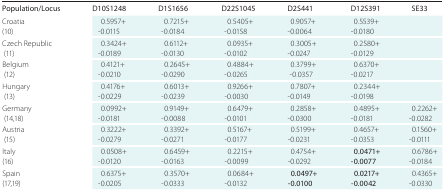
<table><thead><tr><td><b>Population/Locus</b></td><td><b>D10S1248</b></td><td><b>D1S1656</b></td><td><b>D22S1045</b></td><td><b>D2S441</b></td><td><b>D12S391</b></td><td><b>SE33</b></td></tr></thead><tbody><tr><td>Croatia (10)</td><td>0.5957+ -0.0115</td><td>0.7215+ -0.0184</td><td>0.5405+ -0.0158</td><td>0.9057+ -0.0064</td><td>0.5539+ -0.0180</td><td></td></tr><tr><td>Czech Republic  (11)</td><td>0.3424+ -0.0189</td><td>0.6112+ -0.0130</td><td>0.0935+ -0.0102</td><td>0.3005+ -0.0247</td><td>0.2580+ -0.0129</td><td></td></tr><tr><td>Belgium  (12)</td><td>0.4121+ -0.0210</td><td>0.2645+ -0.0290</td><td>0.4884+ -0.0265</td><td>0.3799+ -0.0357</td><td>0.6370+ -0.0217</td><td></td></tr><tr><td>Hungary  (13)</td><td>0.4176+ -0.0229</td><td>0.6013+ -0.0239</td><td>0.9266+ -0.0030</td><td>0.7807+ -0.0149</td><td>0.2344+ -0.0198</td><td></td></tr><tr><td>Germany  (14,18)</td><td>0.0992+ -0.0181</td><td>0.9149+ -0.0088</td><td>0.6479+ -0.0101</td><td>0.2858+ -0.0300</td><td>0.4895+ -0.0181</td><td>0.2262+ -0.0282</td></tr><tr><td>Austria  (15)</td><td>0.3222+ -0.0279</td><td>0.3392+ -0.0271</td><td>0.5167+ -0.0177</td><td>0.5199+ -0.0231</td><td>0.4657+ -0.0353</td><td>0.1560+ -0.0111</td></tr><tr><td>Italy (16)</td><td>0.0508+ -0.0120</td><td>0.6459+ -0.0163</td><td>0.2215+ -0.0099</td><td>0.4754+-0.0292</td><td><b>0.0471+</b> <b>-0.0077</b></td><td>0.6786+ -0.0184</td></tr><tr><td>Spain (17,19)</td><td>0.6375+ -0.0205</td><td>0.3570+ -0.0333</td><td>0.0684+ -0.0132</td><td><b>0.0497+</b> <b>-0.0100</b></td><td><b>0.0217+</b> <b>-0.0042</b></td><td>0.4365+ -0.0330</td></tr></tbody></table>